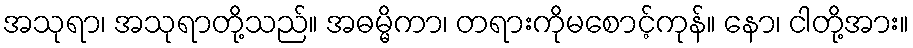
အသုရာ၊ အသုရာတို့သည်။ အဓမ္မိကာ၊ တရားကိုမစောင့်ကုန်။ နော၊ ငါတို့အား။